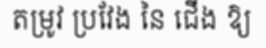
តម្រូវ ប្រវែង នៃ ជើង ឱ្យ